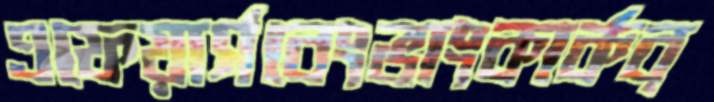
এফেয়ার্সবেংভাংকার্কব্